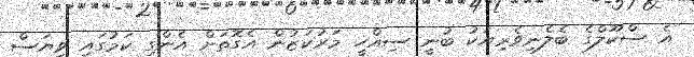
އެ ސްކޫލްގެ ބެލެނިވެރިޔަކު ބުނީ ސިއްހީ މަރުކަޒުން އެގޮތަށް އެންގި ކަމުގައި ވިޔަސް